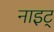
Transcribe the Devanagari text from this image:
नाइट्